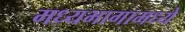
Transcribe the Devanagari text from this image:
मध्यभागामध्ये